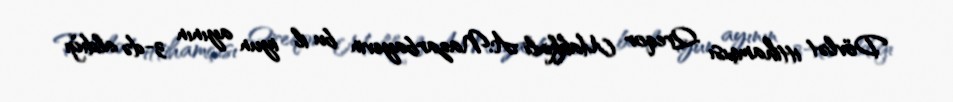
Dövlət ittihamçısı Qreqor Makkinli A.Nazarbayevin bu il iyun ayının 3-də aldığı